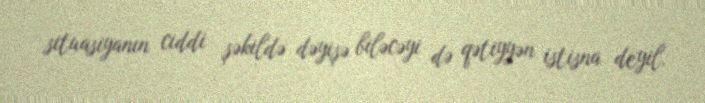
situasiyanın ciddi şəkildə dəyişə biləcəyi də qətiyyən istisna deyil.